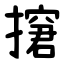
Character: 㩈